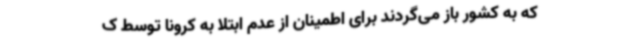
که به کشور باز می‌گردند برای اطمینان از عدم ابتلا به کرونا توسط ک